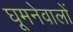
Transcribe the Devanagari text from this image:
घूमनेवालों